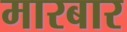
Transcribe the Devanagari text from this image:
मारबार